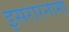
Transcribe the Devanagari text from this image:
इसरारनामा